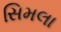
સિમલા